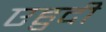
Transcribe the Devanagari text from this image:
एहुदी